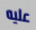
عليه